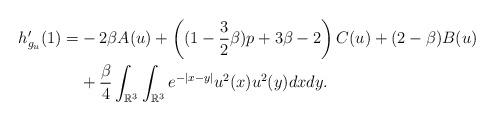
LaTeX: \begin{align*}h'_{g_{u}}(1)=&-2\beta A(u)+\left((1-\frac{3}{2}\beta)p+3\beta-2\right)C(u)+(2-\beta)B(u)\\&+\frac{\beta}{4}\int_{\mathbb{R}^{3}}\int_{\mathbb{R}^{3}}e^{-|x-y|}u^{2}(x)u^{2}(y)dxdy.\end{align*}